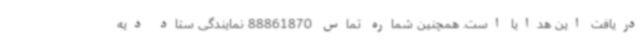
دریافت این هدایا است. همچنین شماره تماس 88861870 نمایندگی ستاد دیه